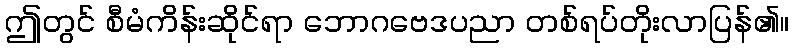
ဤတွင် စီမံကိန်းဆိုင်ရာ ဘောဂဗေဒပညာ တစ်ရပ်တိုးလာပြန်၏။